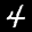
Label: 4